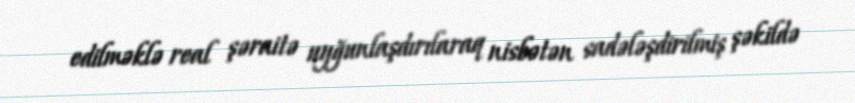
edilməklə real şəraitə uyğunlaşdırılaraq nisbətən sadələşdirilmiş şəkildə